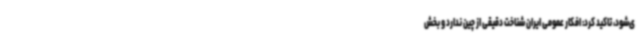
ی‌شود، تاکید کرد: افکار عمومی ایران شناخت دقیقی از چین ندارد و بخش